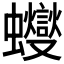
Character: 𧕊